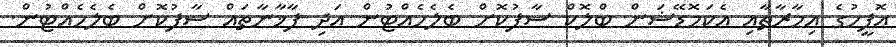
އޮފީހުގެ އިމާރާތާއި އެކަމޮޑޭޝަން ބްލޮކް ސާފުކޮށް ބެލެހެއްޓުން އަދި ފާޚާނާތައް ސާފުކޮށް ބެލެހެއްޓުން.